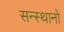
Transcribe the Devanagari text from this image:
सन्स्थानों